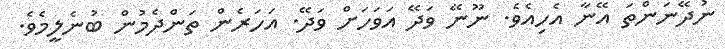
ނުދޭނަންތަ އޭނާ އެހިއެވެ. ނޫނޭ ވަދޭ އަވަހަށް ވަދޭ. އަހަރެން ތަންދެމުން ބުނެލީމެވެ.